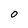
Character: O